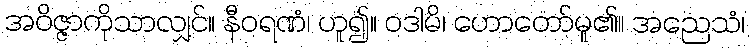
အဝိဇ္ဇာကိုသာလျှင်။ နီဝရဏံ၊ ဟူ၍။ ဝဒါမိ၊ ဟောတော်မူ၏။ အညေသံ၊